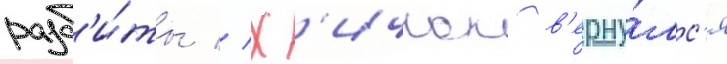
разб'и́ты // Х'ичкок в'ерну́лс'я